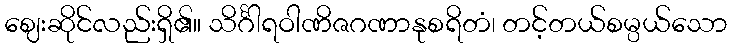
ဈေးဆိုင်လည်းရှိ၏။ သိင်္ဂါရဝါဏိဇဂဏာနုစရိတံ၊ တင့်တယ်စမ္ပယ်သော